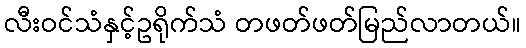
လီးဝင်သံနှင့်ဥရိုက်သံ တဖတ်ဖတ်မြည်လာတယ်။